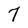
Character: 7